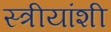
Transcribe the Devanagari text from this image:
स्त्रीयांशी